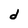
Character: d